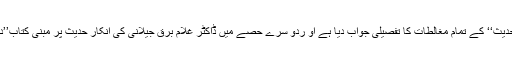
اس کتاب کے پہلے حصے میں ’’مقام حدیث‘‘ کے تمام مغالطات کا تفصیلی جواب دیا ہے او ردو سرے حصے میں ڈاکٹر غلام برق جیلانی کی انکار حدیث پر مبنی کتاب’’دواسلام‘‘ کا مکمل جواب تحریر کیا ہے۔